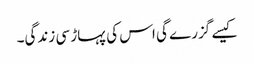
کیسے گزرے گی اس کی پہاڑ سی زندگی۔